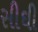
સીઘી